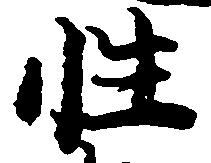
性